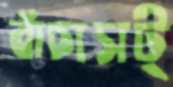
বাঁচাসট্